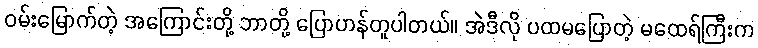
ဝမ်းမြောက်တဲ့ အကြောင်းတို့ ဘာတို့ ပြောဟန်တူပါတယ်။ အဲဒီလို ပထမပြောတဲ့ မထေရ်ကြီးက